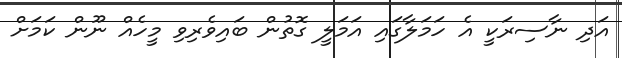
އަދި ނާސިރަކީ އެ ހަމަލާގައި އަމަލީ ގޮތުން ބައިވެރިވި މީހެއް ނޫން ކަމަށް